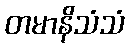
တမာနိသံသံ